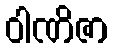
ဝါဏိဇာ